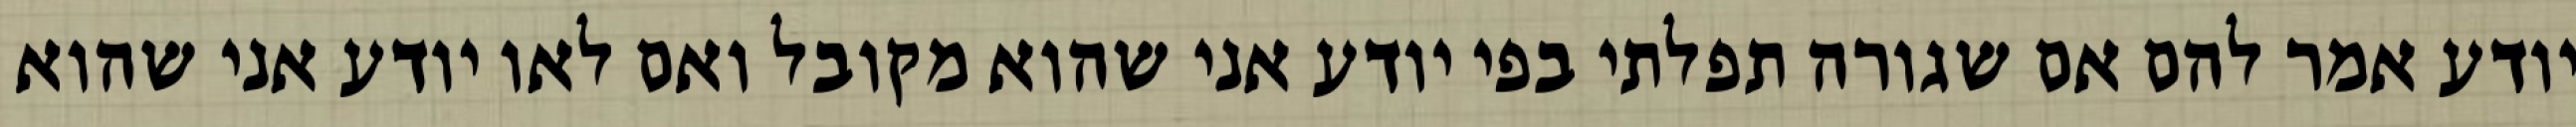
יודע אמר להם אם שגורה תפלתי בפי יודע אני שהוא מקובל ואם לאו יודע אני שהוא